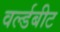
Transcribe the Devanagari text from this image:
वर्ल्डबीट